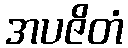
အပဇိတံ